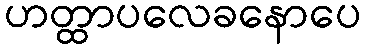
ဟတ္ထာပလေခနောပေ